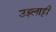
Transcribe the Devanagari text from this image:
उइलाट्टी